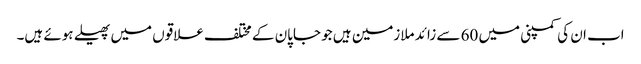
اب ان کی کمپنی میں 60 سے زائد ملازمین ہیں جو جاپان کے مختلف علاقوں میں پھیلے ہوئے ہیں۔